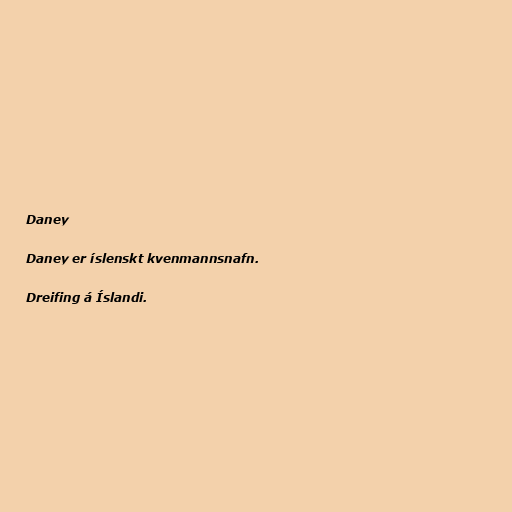
Daney

Daney er íslenskt kvenmannsnafn.

Dreifing á Íslandi.